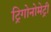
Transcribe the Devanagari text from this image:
ट्रिगोनोमेट्री